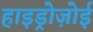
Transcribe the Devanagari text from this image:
हाइड्रोज़ोई